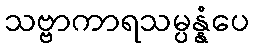
သဗ္ဗာကာရသမ္ပန္နံပေ